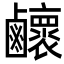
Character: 𪊉